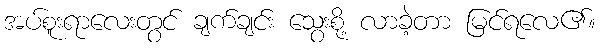
အပ်စူးရာလေးတွင် ချက်ချင်း သွေးစို့ လာခဲ့တာ မြင်ရလေ၏။